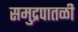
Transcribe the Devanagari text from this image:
समुद्रपातळी